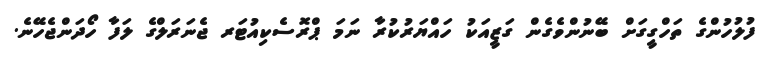
ފުލުހުންގެ ތަހްގީގަށް ބޭނުންވެގެން ގަޒީއަކު ހައްޔަރުކުރާ ނަމަ ޕްރޮސެކިއުޓަރ ޖެނަރަލްގެ ލަފާ ހޯދަންޖެހޭނެ.